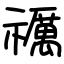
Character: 禲